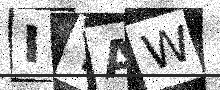
Text: IYAW